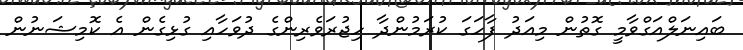
ބައިނަލްއަގްވާމީ ގޮތުން މިއަދު ފާހަގަ ކުރަމުންދާ ހިޖުރަވެރިންގެ ދުވަހާއި ގުޅިގެން އެ ކޮމިޝަނުން